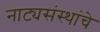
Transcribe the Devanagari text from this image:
नाट्यसंस्थांचे